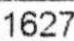
1627